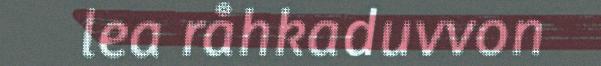
lea råhkaduvvon